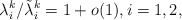
\begin{align*}\lambda^k_i/ \tilde{\lambda}^k_i = 1 + o(1), i = 1, 2,\end{align*}